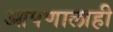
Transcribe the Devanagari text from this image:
आपणालाही